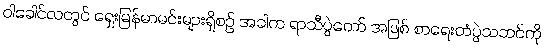
ဝါခေါင်လတွင် ရှေးမြန်မာမင်းများရှိစဉ် အခါက ရာသီပွဲတော် အဖြစ် စာရေးတံပွဲသဘင်ကို